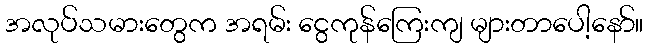
အလုပ်သမားတွေက အရမ်း ငွေကုန်ကြေးကျ များတာပေါ့နော်။